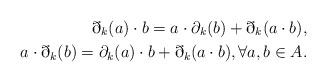
LaTeX: \begin{align*} \eth_k(a) \cdot b = a \cdot \partial_k(b) + \eth_k(a \cdot b), \\ a \cdot \eth_k(b) = \partial_k(a) \cdot b + \eth_k(a \cdot b), \forall a,b \in A. \end{align*}